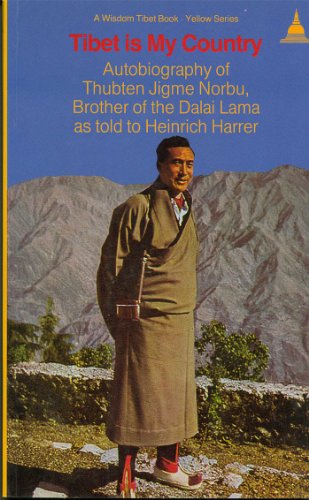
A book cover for Tibet Is My Country: Autobiography of Thubten Jigme Norbu, Brother of the Dalai Lama as Told to Heinrich Harrer (Wisdom Tibet Book); Thubten Jigme Norbu; Religion & Spirituality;